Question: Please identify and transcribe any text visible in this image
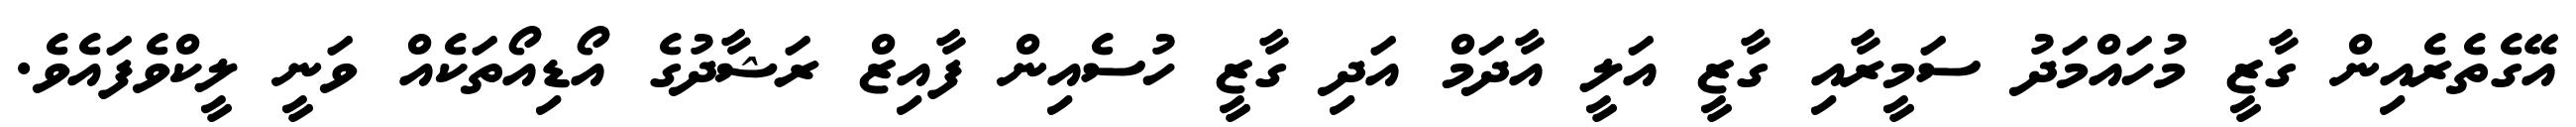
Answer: އޭގެތެރެއިން ގާޒީ މުހައްމަދު ސަމީރާއި ގާޒީ އަލީ އާދަމް އަދި ގާޒީ ހުސެއިން ފާއިޒް ރަޝާދުގެ އޯޑިއޯތަކެއް ވަނީ ލީކްވެފައެވެ.